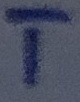
Text: T